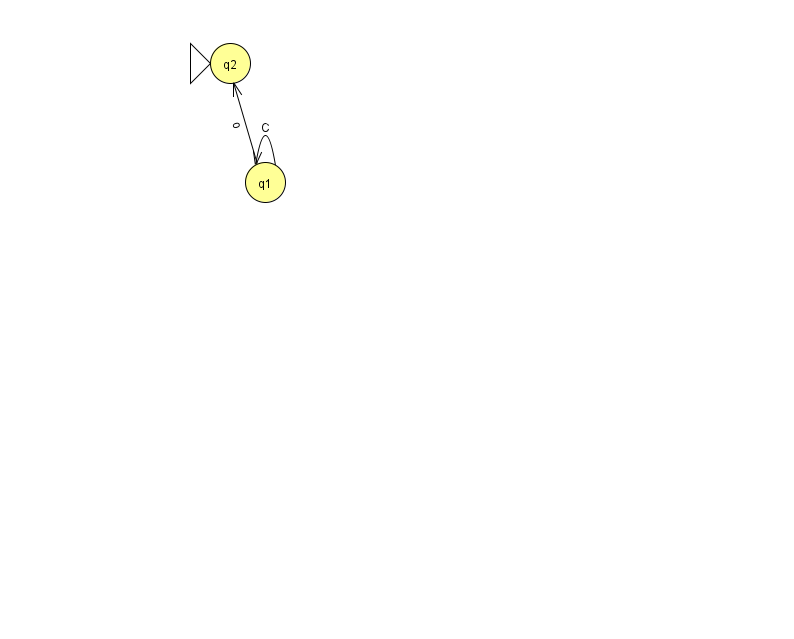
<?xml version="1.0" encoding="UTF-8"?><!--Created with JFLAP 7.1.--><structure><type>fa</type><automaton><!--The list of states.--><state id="1" name="q1"><x>265.0</x><y>169.0</y></state><state id="2" name="q2"><x>230.0</x><y>50.0</y><initial/></state><!--The list of transitions.--><transition><from>1</from><to>1</to><read>C</read></transition><transition><from>1</from><to>2</to><read>o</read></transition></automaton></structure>